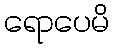
ရောပေမိ